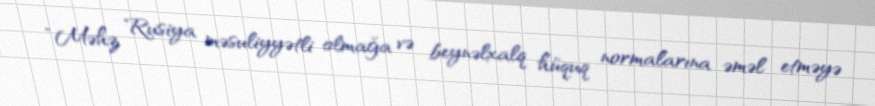
“Məhz Rusiya məsuliyyətli olmağa və beynəlxalq hüquq normalarına əməl etməyə